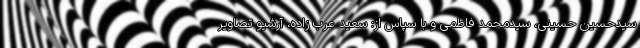
سیدحسین حسینی، سیدمحمد فاطمی و با سپاس از: سعید عرب زاده، آرشیو تصاویر